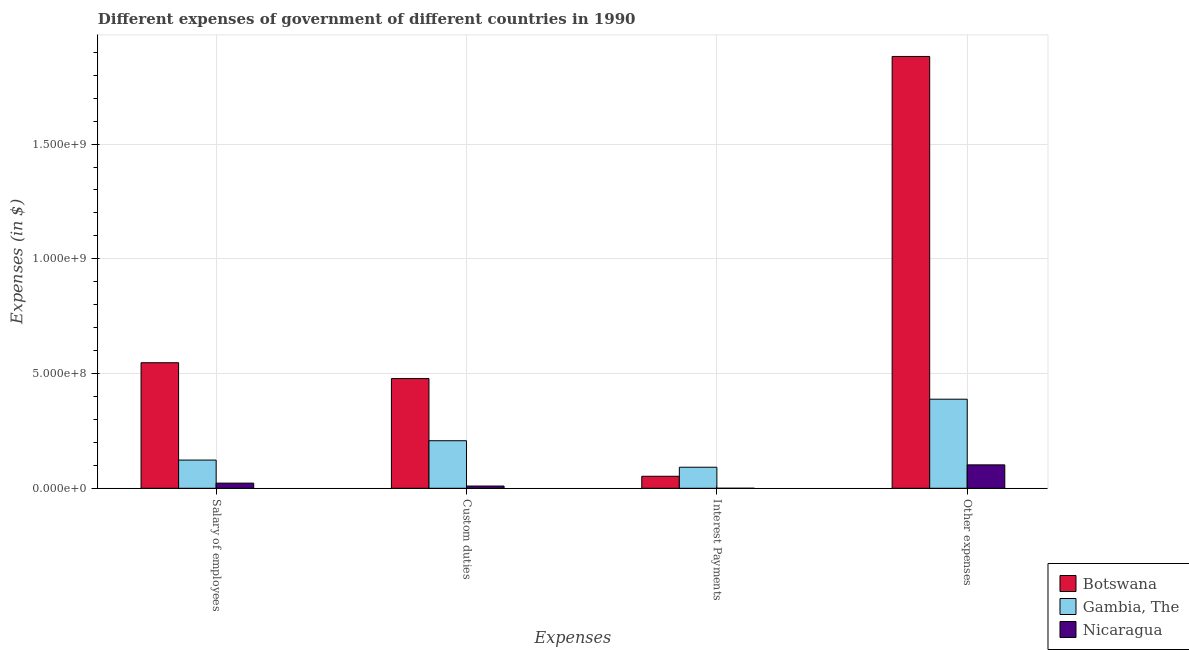
| Expenses | Botswana | Gambia, The | Nicaragua |
 | --- | --- | --- | --- |
 | Salary of employees | 5.47e+08 | 1.23e+08 | 2.24e+07 |
 | Custom duties | 4.78e+08 | 2.07e+08 | 9.75e+06 |
 | Interest Payments | 5.23e+07 | 9.17e+07 | 8e+03 |
 | Other expenses | 1.88e+09 | 3.88e+08 | 1.02e+08 |